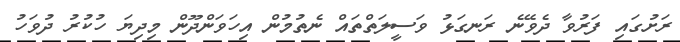
ރަށުގައި ފަރުވާ ދެވޭނެ ރަނގަޅު ވަސީލަތްތައް ނެތުމުން އިހަވަންދޫން މިދިޔަ ހުކުރު ދުވަހު